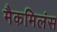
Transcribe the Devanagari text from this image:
मैकमिलंस